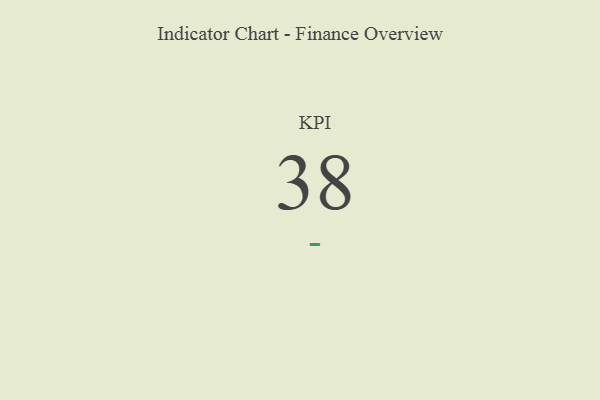
{"axis": {"x": "KPI", "y": "Value"}, "legend": [""], "data": [{"x": "KPI", "y": 38, "type": ""}]}